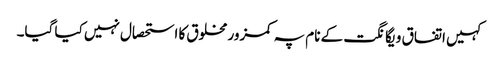
کہیں اتفاق و یگانگت کے نام پہ کمزور مخلوق کا استحصال نہیں کیا گیا۔